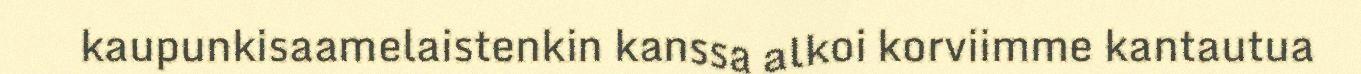
kaupunkisaamelaistenkin kanssa alkoi korviimme kantautua